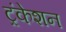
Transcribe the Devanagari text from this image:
ट्रंकेशन